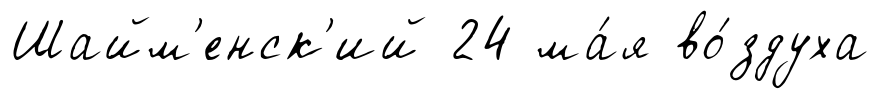
Шайм'енск'ий 24 ма́я во́здуха